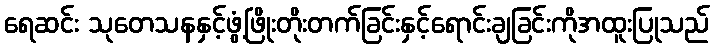
ရေဆင်း သုတေသနနှင့်ဖွံ့ဖြိုးတိုးတက်ခြင်းနှင့်ရောင်းချခြင်းကိုအထူးပြုသည်